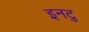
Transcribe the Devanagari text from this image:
इनटु